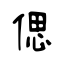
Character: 偲